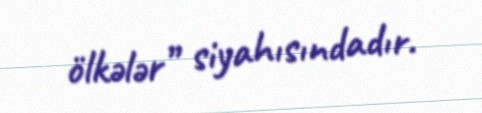
ölkələr” siyahısındadır.